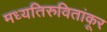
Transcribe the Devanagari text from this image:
मध्यतिरुवितांकूर